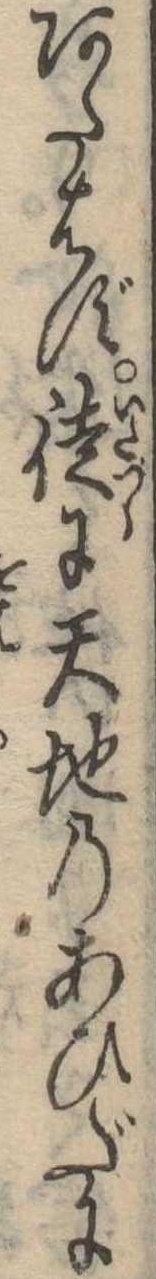
あたはず徒に天地のあひだに